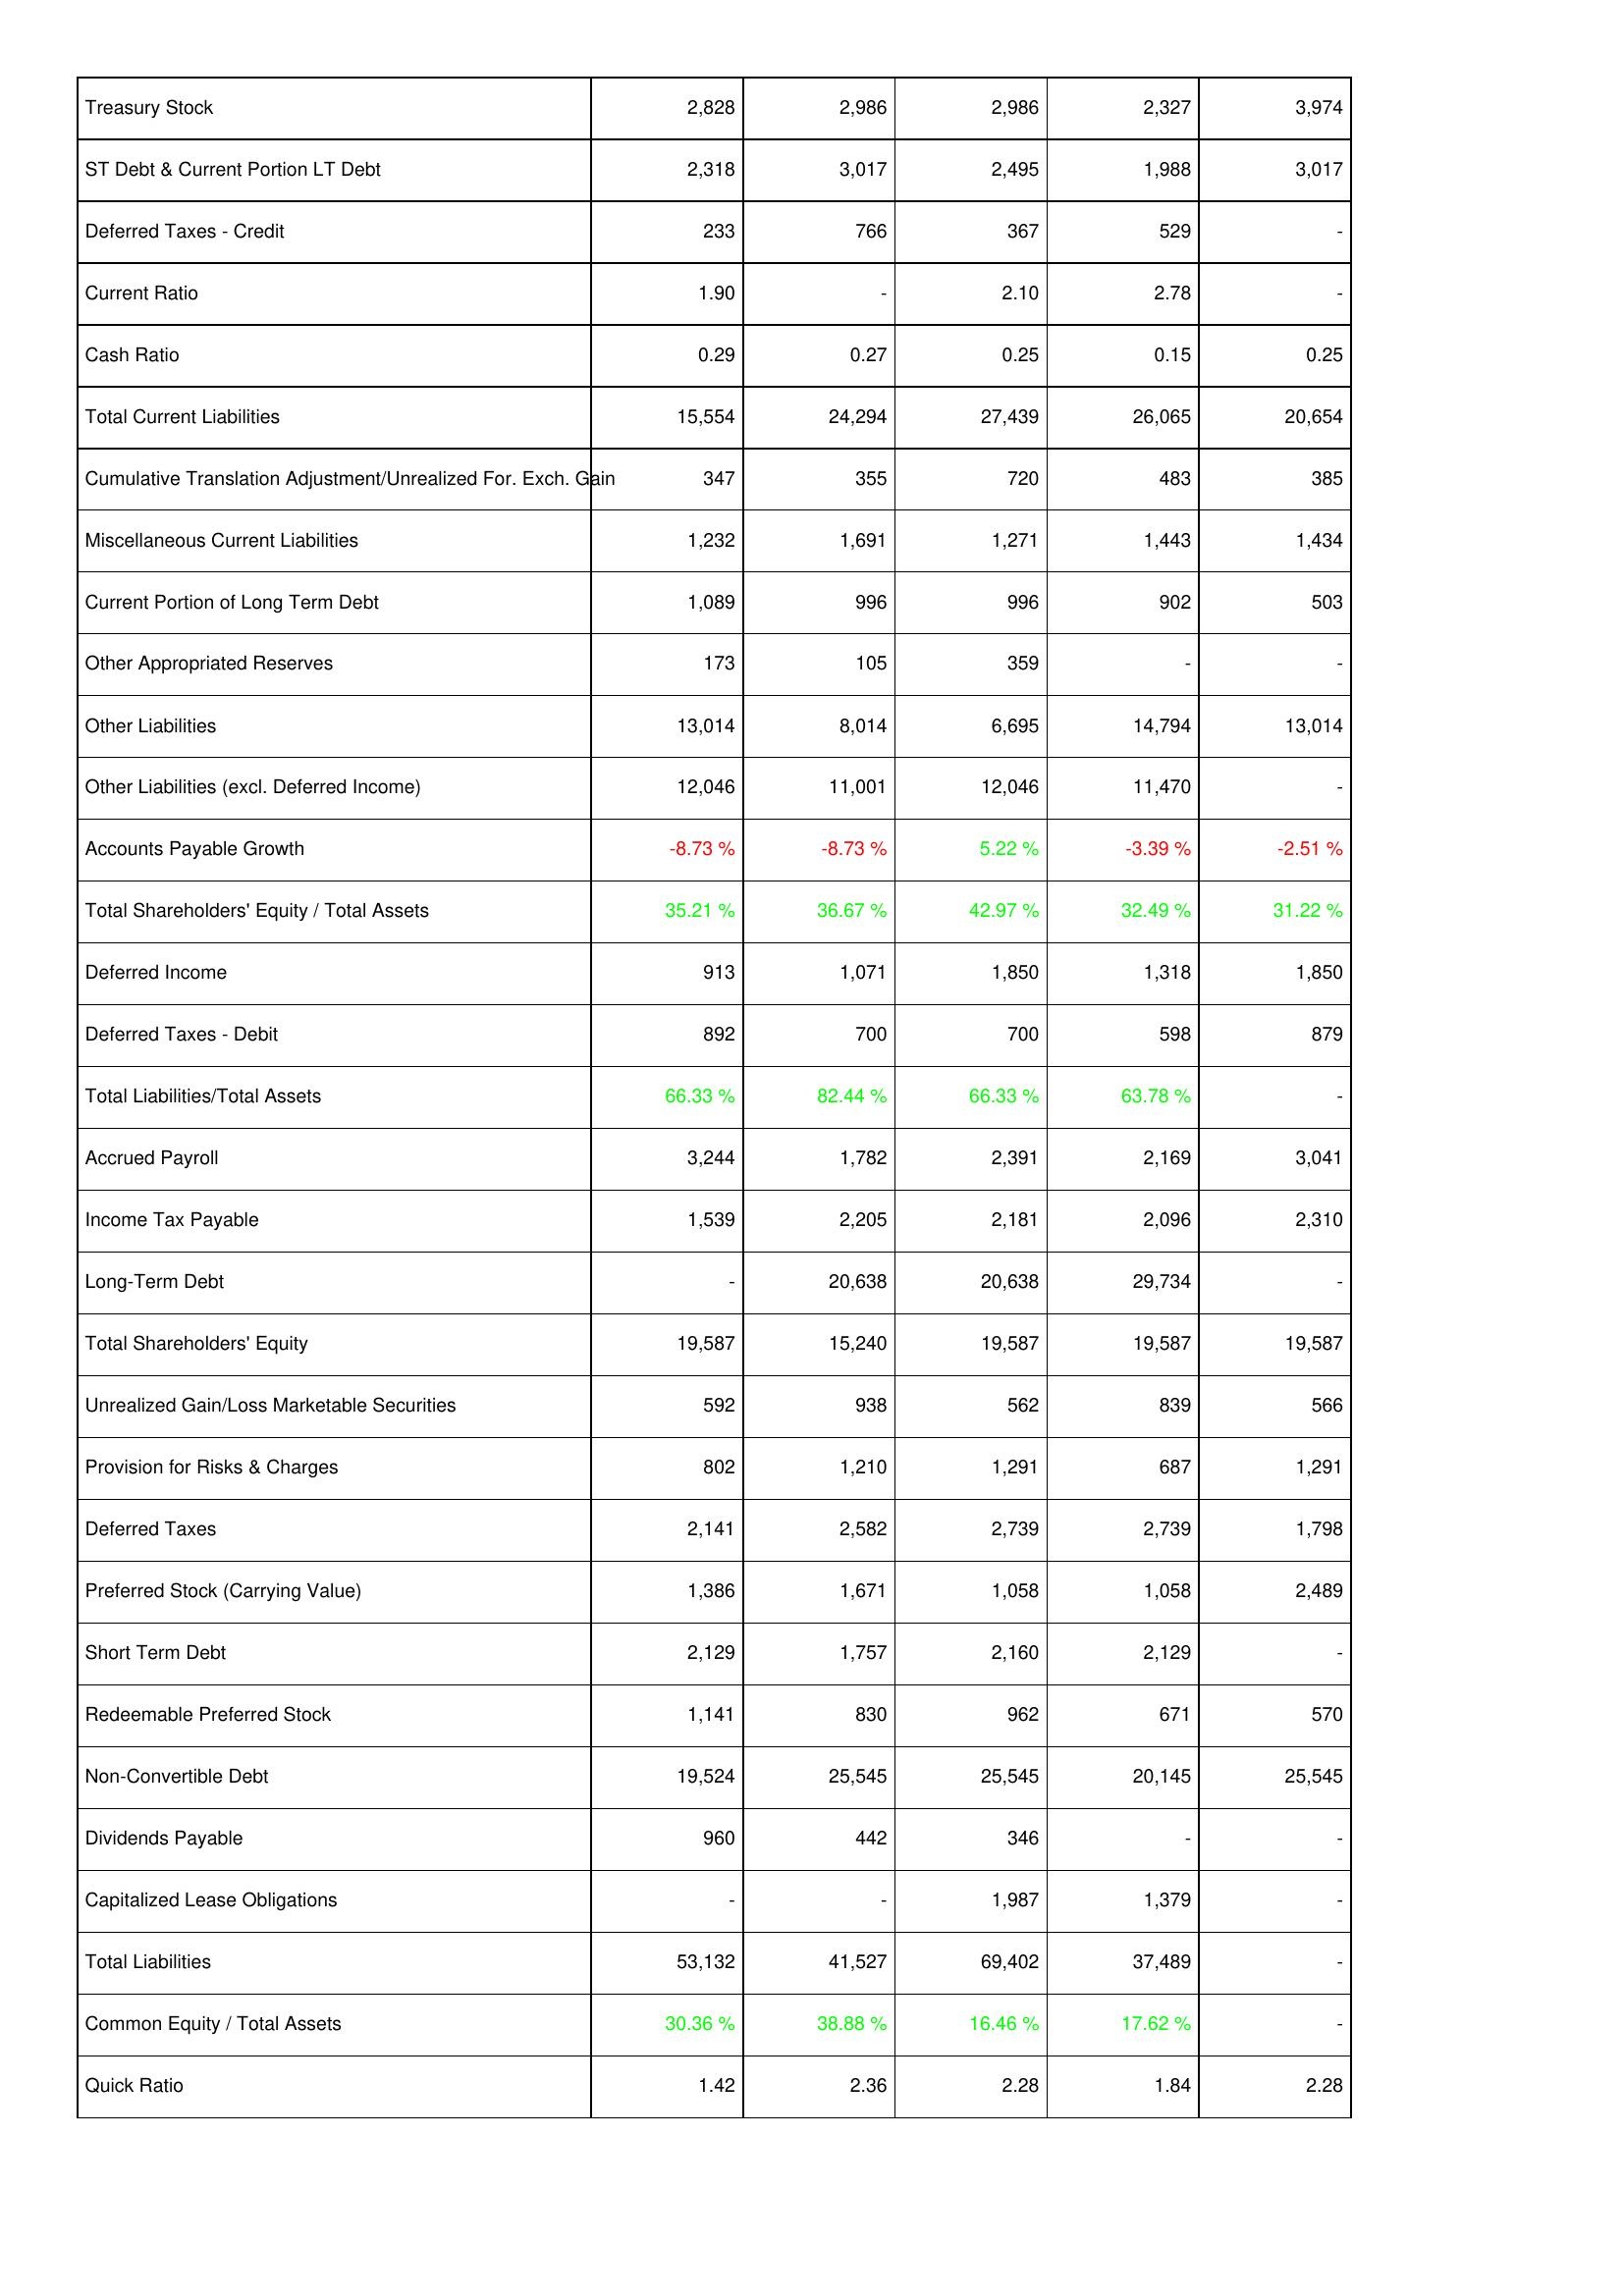
2009: Liabilities & Shareholders' Equity: Treasury Stock: 2,828
ST Debt & Current Portion LT Debt: 2,318
Deferred Taxes - Credit: 233
Current Ratio: 1.90
Cash Ratio: 0.29
Total Current Liabilities: 15,554
Cumulative Translation Adjustment/Unrealized For. Exch. Gain: 347
Miscellaneous Current Liabilities: 1,232
Current Portion of Long Term Debt: 1,089
Other Appropriated Reserves: 173
Other Liabilities: 13,014
Other Liabilities (excl. Deferred Income): 12,046
Accounts Payable Growth: -8.73 %
Total Shareholders' Equity / Total Assets: 35.21 %
Deferred Income: 913
Deferred Taxes - Debit: 892
Total Liabilities/Total Assets: 66.33 %
Accrued Payroll: 3,244
Income Tax Payable: 1,539
Long-Term Debt: -
Total Shareholders' Equity: 19,587
Unrealized Gain/Loss Marketable Securities: 592
Provision for Risks & Charges: 802
Deferred Taxes: 2,141
Preferred Stock (Carrying Value): 1,386
Short Term Debt: 2,129
Redeemable Preferred Stock: 1,141
Non-Convertible Debt: 19,524
Dividends Payable: 960
Capitalized Lease Obligations: -
Total Liabilities: 53,132
Common Equity / Total Assets: 30.36 %
Quick Ratio: 1.42
2008: Liabilities & Shareholders' Equity: Treasury Stock: 2,986
ST Debt & Current Portion LT Debt: 3,017
Deferred Taxes - Credit: 766
Current Ratio: -
Cash Ratio: 0.27
Total Current Liabilities: 24,294
Cumulative Translation Adjustment/Unrealized For. Exch. Gain: 355
Miscellaneous Current Liabilities: 1,691
Current Portion of Long Term Debt: 996
Other Appropriated Reserves: 105
Other Liabilities: 8,014
Other Liabilities (excl. Deferred Income): 11,001
Accounts Payable Growth: -8.73 %
Total Shareholders' Equity / Total Assets: 36.67 %
Deferred Income: 1,071
Deferred Taxes - Debit: 700
Total Liabilities/Total Assets: 82.44 %
Accrued Payroll: 1,782
Income Tax Payable: 2,205
Long-Term Debt: 20,638
Total Shareholders' Equity: 15,240
Unrealized Gain/Loss Marketable Securities: 938
Provision for Risks & Charges: 1,210
Deferred Taxes: 2,582
Preferred Stock (Carrying Value): 1,671
Short Term Debt: 1,757
Redeemable Preferred Stock: 830
Non-Convertible Debt: 25,545
Dividends Payable: 442
Capitalized Lease Obligations: -
Total Liabilities: 41,527
Common Equity / Total Assets: 38.88 %
Quick Ratio: 2.36
2007: Liabilities & Shareholders' Equity: Treasury Stock: 2,986
ST Debt & Current Portion LT Debt: 2,495
Deferred Taxes - Credit: 367
Current Ratio: 2.10
Cash Ratio: 0.25
Total Current Liabilities: 27,439
Cumulative Translation Adjustment/Unrealized For. Exch. Gain: 720
Miscellaneous Current Liabilities: 1,271
Current Portion of Long Term Debt: 996
Other Appropriated Reserves: 359
Other Liabilities: 6,695
Other Liabilities (excl. Deferred Income): 12,046
Accounts Payable Growth: 5.22 %
Total Shareholders' Equity / Total Assets: 42.97 %
Deferred Income: 1,850
Deferred Taxes - Debit: 700
Total Liabilities/Total Assets: 66.33 %
Accrued Payroll: 2,391
Income Tax Payable: 2,181
Long-Term Debt: 20,638
Total Shareholders' Equity: 19,587
Unrealized Gain/Loss Marketable Securities: 562
Provision for Risks & Charges: 1,291
Deferred Taxes: 2,739
Preferred Stock (Carrying Value): 1,058
Short Term Debt: 2,160
Redeemable Preferred Stock: 962
Non-Convertible Debt: 25,545
Dividends Payable: 346
Capitalized Lease Obligations: 1,987
Total Liabilities: 69,402
Common Equity / Total Assets: 16.46 %
Quick Ratio: 2.28
2006: Liabilities & Shareholders' Equity: Treasury Stock: 2,327
ST Debt & Current Portion LT Debt: 1,988
Deferred Taxes - Credit: 529
Current Ratio: 2.78
Cash Ratio: 0.15
Total Current Liabilities: 26,065
Cumulative Translation Adjustment/Unrealized For. Exch. Gain: 483
Miscellaneous Current Liabilities: 1,443
Current Portion of Long Term Debt: 902
Other Appropriated Reserves: -
Other Liabilities: 14,794
Other Liabilities (excl. Deferred Income): 11,470
Accounts Payable Growth: -3.39 %
Total Shareholders' Equity / Total Assets: 32.49 %
Deferred Income: 1,318
Deferred Taxes - Debit: 598
Total Liabilities/Total Assets: 63.78 %
Accrued Payroll: 2,169
Income Tax Payable: 2,096
Long-Term Debt: 29,734
Total Shareholders' Equity: 19,587
Unrealized Gain/Loss Marketable Securities: 839
Provision for Risks & Charges: 687
Deferred Taxes: 2,739
Preferred Stock (Carrying Value): 1,058
Short Term Debt: 2,129
Redeemable Preferred Stock: 671
Non-Convertible Debt: 20,145
Dividends Payable: -
Capitalized Lease Obligations: 1,379
Total Liabilities: 37,489
Common Equity / Total Assets: 17.62 %
Quick Ratio: 1.84
2005: Liabilities & Shareholders' Equity: Treasury Stock: 3,974
ST Debt & Current Portion LT Debt: 3,017
Deferred Taxes - Credit: -
Current Ratio: -
Cash Ratio: 0.25
Total Current Liabilities: 20,654
Cumulative Translation Adjustment/Unrealized For. Exch. Gain: 385
Miscellaneous Current Liabilities: 1,434
Current Portion of Long Term Debt: 503
Other Appropriated Reserves: -
Other Liabilities: 13,014
Other Liabilities (excl. Deferred Income): -
Accounts Payable Growth: -2.51 %
Total Shareholders' Equity / Total Assets: 31.22 %
Deferred Income: 1,850
Deferred Taxes - Debit: 879
Total Liabilities/Total Assets: -
Accrued Payroll: 3,041
Income Tax Payable: 2,310
Long-Term Debt: -
Total Shareholders' Equity: 19,587
Unrealized Gain/Loss Marketable Securities: 566
Provision for Risks & Charges: 1,291
Deferred Taxes: 1,798
Preferred Stock (Carrying Value): 2,489
Short Term Debt: -
Redeemable Preferred Stock: 570
Non-Convertible Debt: 25,545
Dividends Payable: -
Capitalized Lease Obligations: -
Total Liabilities: -
Common Equity / Total Assets: -
Quick Ratio: 2.28